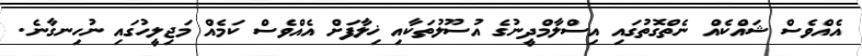
އެއްވެސް ޝައްކެއް ނެތްގޮތުގައި އިސްލާމްދީނުގެ އުސޫލުތަކާއި ޚިލާފަށް އެއްވެސް ކަމެއް މަޖިލީހުގައި ނުހިނގާނެ.